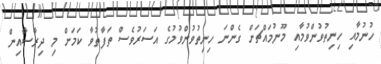
ހުނުމާއި ހިނިތުވުންވުމާއި މޫނުމައްޗަށް ގެންނަ ހިނިތުވުންވުމުގެ އަސަރުވެސް ތަފާތުވާ ކަމަށް މި ދިރާސާއިން